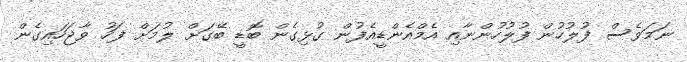
ނަމަވެސް ފުލުހުން ފުލުހުންނާއި އެމްއެންޑީއެފުން ގުޅިގެން ބޮޑީ ބޭގަށް ލުމަށް ފަހު ވާޖަހައިގެން